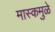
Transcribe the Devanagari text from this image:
मास्कमुळे